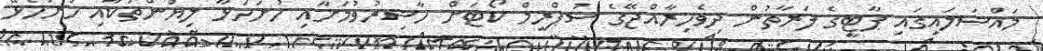
މައްސަލައިގައި ޕާޓީގެ ފަރާތުން ދިވެހިރާއްޖޭގެ ސުޕްރީމް ކޯޓަށް ހާޟިރުވުމަށާއި ހުށަހަޅާ ލިޔުންތަކާއި ހުށަހެޅޭ